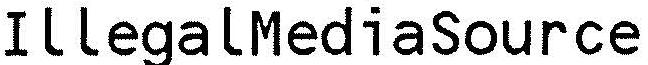
ILLEGALMEDIASOURCE